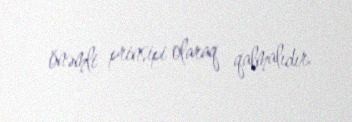
önəmli prinsipi olaraq qalmalıdır.